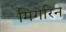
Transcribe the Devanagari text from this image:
मिगरिन